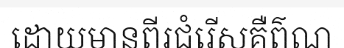
ដោយមានពីរជំរើសគឺព៌ណ